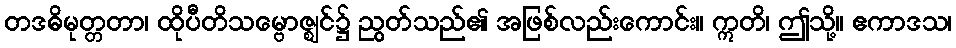
တဒဓိမုတ္တတာ၊ ထိုပီတိသမ္ဗောဇ္ဈင်၌ ညွတ်သည်၏ အဖြစ်လည်းကောင်း။ ဣတိ၊ ဤသို့။ ဧကာဒသ၊